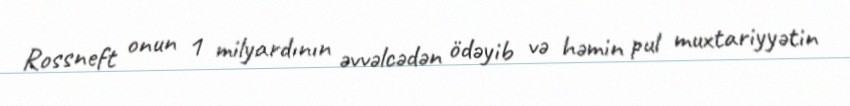
Rossneft onun 1 milyardının əvvəlcədən ödəyib və həmin pul muxtariyyətin